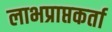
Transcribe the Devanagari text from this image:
लाभप्राप्तकर्ता